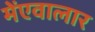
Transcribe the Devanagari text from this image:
मेंएवालार